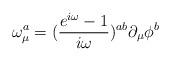
LaTeX: \begin{align*}\omega _\mu ^a=(\frac{e^{i\omega }-1}{i\omega })^{ab}\partial _\mu \phi ^b\end{align*}